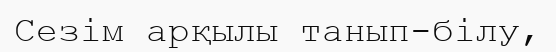
Сезім арқылы танып-білу,